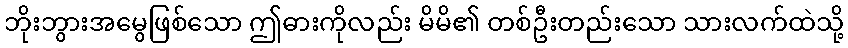
ဘိုးဘွားအမွေဖြစ်သော ဤဓားကိုလည်း မိမိ၏ တစ်ဦးတည်းသော သားလက်ထဲသို့